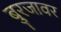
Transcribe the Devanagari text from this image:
बुरजावर